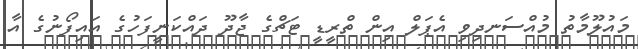
މައުލޫމާތު މުއްސަނދިވި އެޕަލް އިން ތްރީޑީ ޓަޗްގެ ޖާދޫ ދައްކަނީފަހުގެ އައިފޯނުގެ އާ